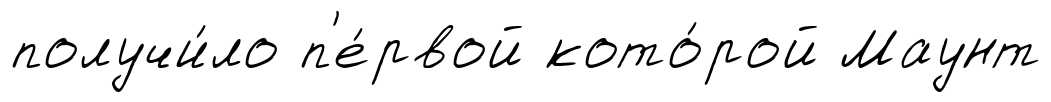
получи́ло п'е́рвой кото́рой Маунт